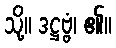
သို့။ ဒဋ္ဌဗ္ဗံ၊ ၏။